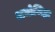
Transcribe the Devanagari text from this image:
अधोजिह्वा